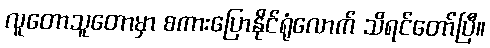
လူတောသူတောမှာ စကားပြောနိုင်ရုံလောက် သိရင်တော်ပြီ။